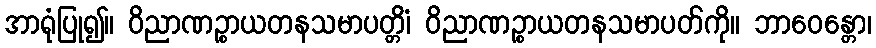
အာရုံပြု၍။ ဝိညာဏဉ္စာယတနသမာပတ္တိံ၊ ဝိညာဏဉ္စာယတနသမာပတ်ကို။ ဘာဝေန္တော၊